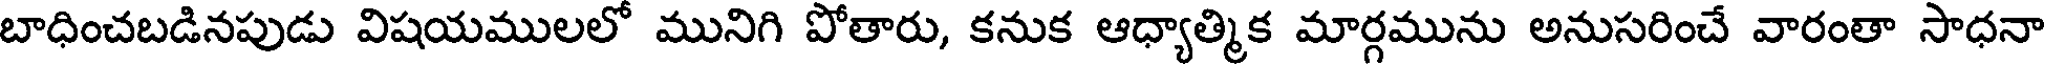
బాధించబడినపుడు విషయములలో మునిగి పోతారు, కనుక ఆధ్యాత్మిక మార్గమును అనుసరించే వారంతా సాధనా